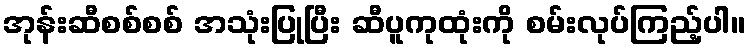
အုန်းဆီစစ်စစ် အသုံးပြုပြီး ဆီပူကုထုံးကို စမ်းလုပ်ကြည့်ပါ။